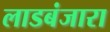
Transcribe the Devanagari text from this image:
लाडबंजारा